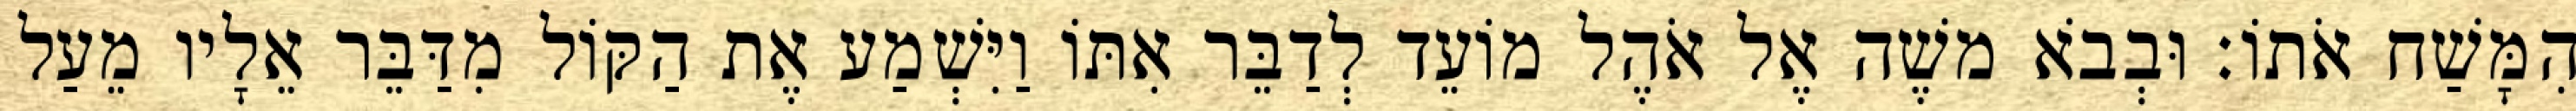
הִמָּשַׁח אֹתוֹ׃ וּבְבֹא משֶׁה אֶל אֹהֶל מוֹעֵד לְדַבֵּר אִתּוֹ וַיִּשְׁמַע אֶת הַקּוֹל מִדַּבֵּר אֵלָיו מֵעַל